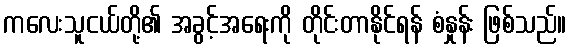
ကလေးသူငယ်တို့၏ အခွင့်အရေးကို တိုင်းတာနိုင်ရန် စံနှုန်း ဖြစ်သည်။